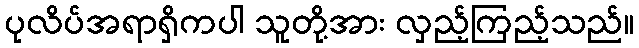
ပုလိပ်အရာရှိကပါ သူတို့အား လှည့်ကြည့်သည်။